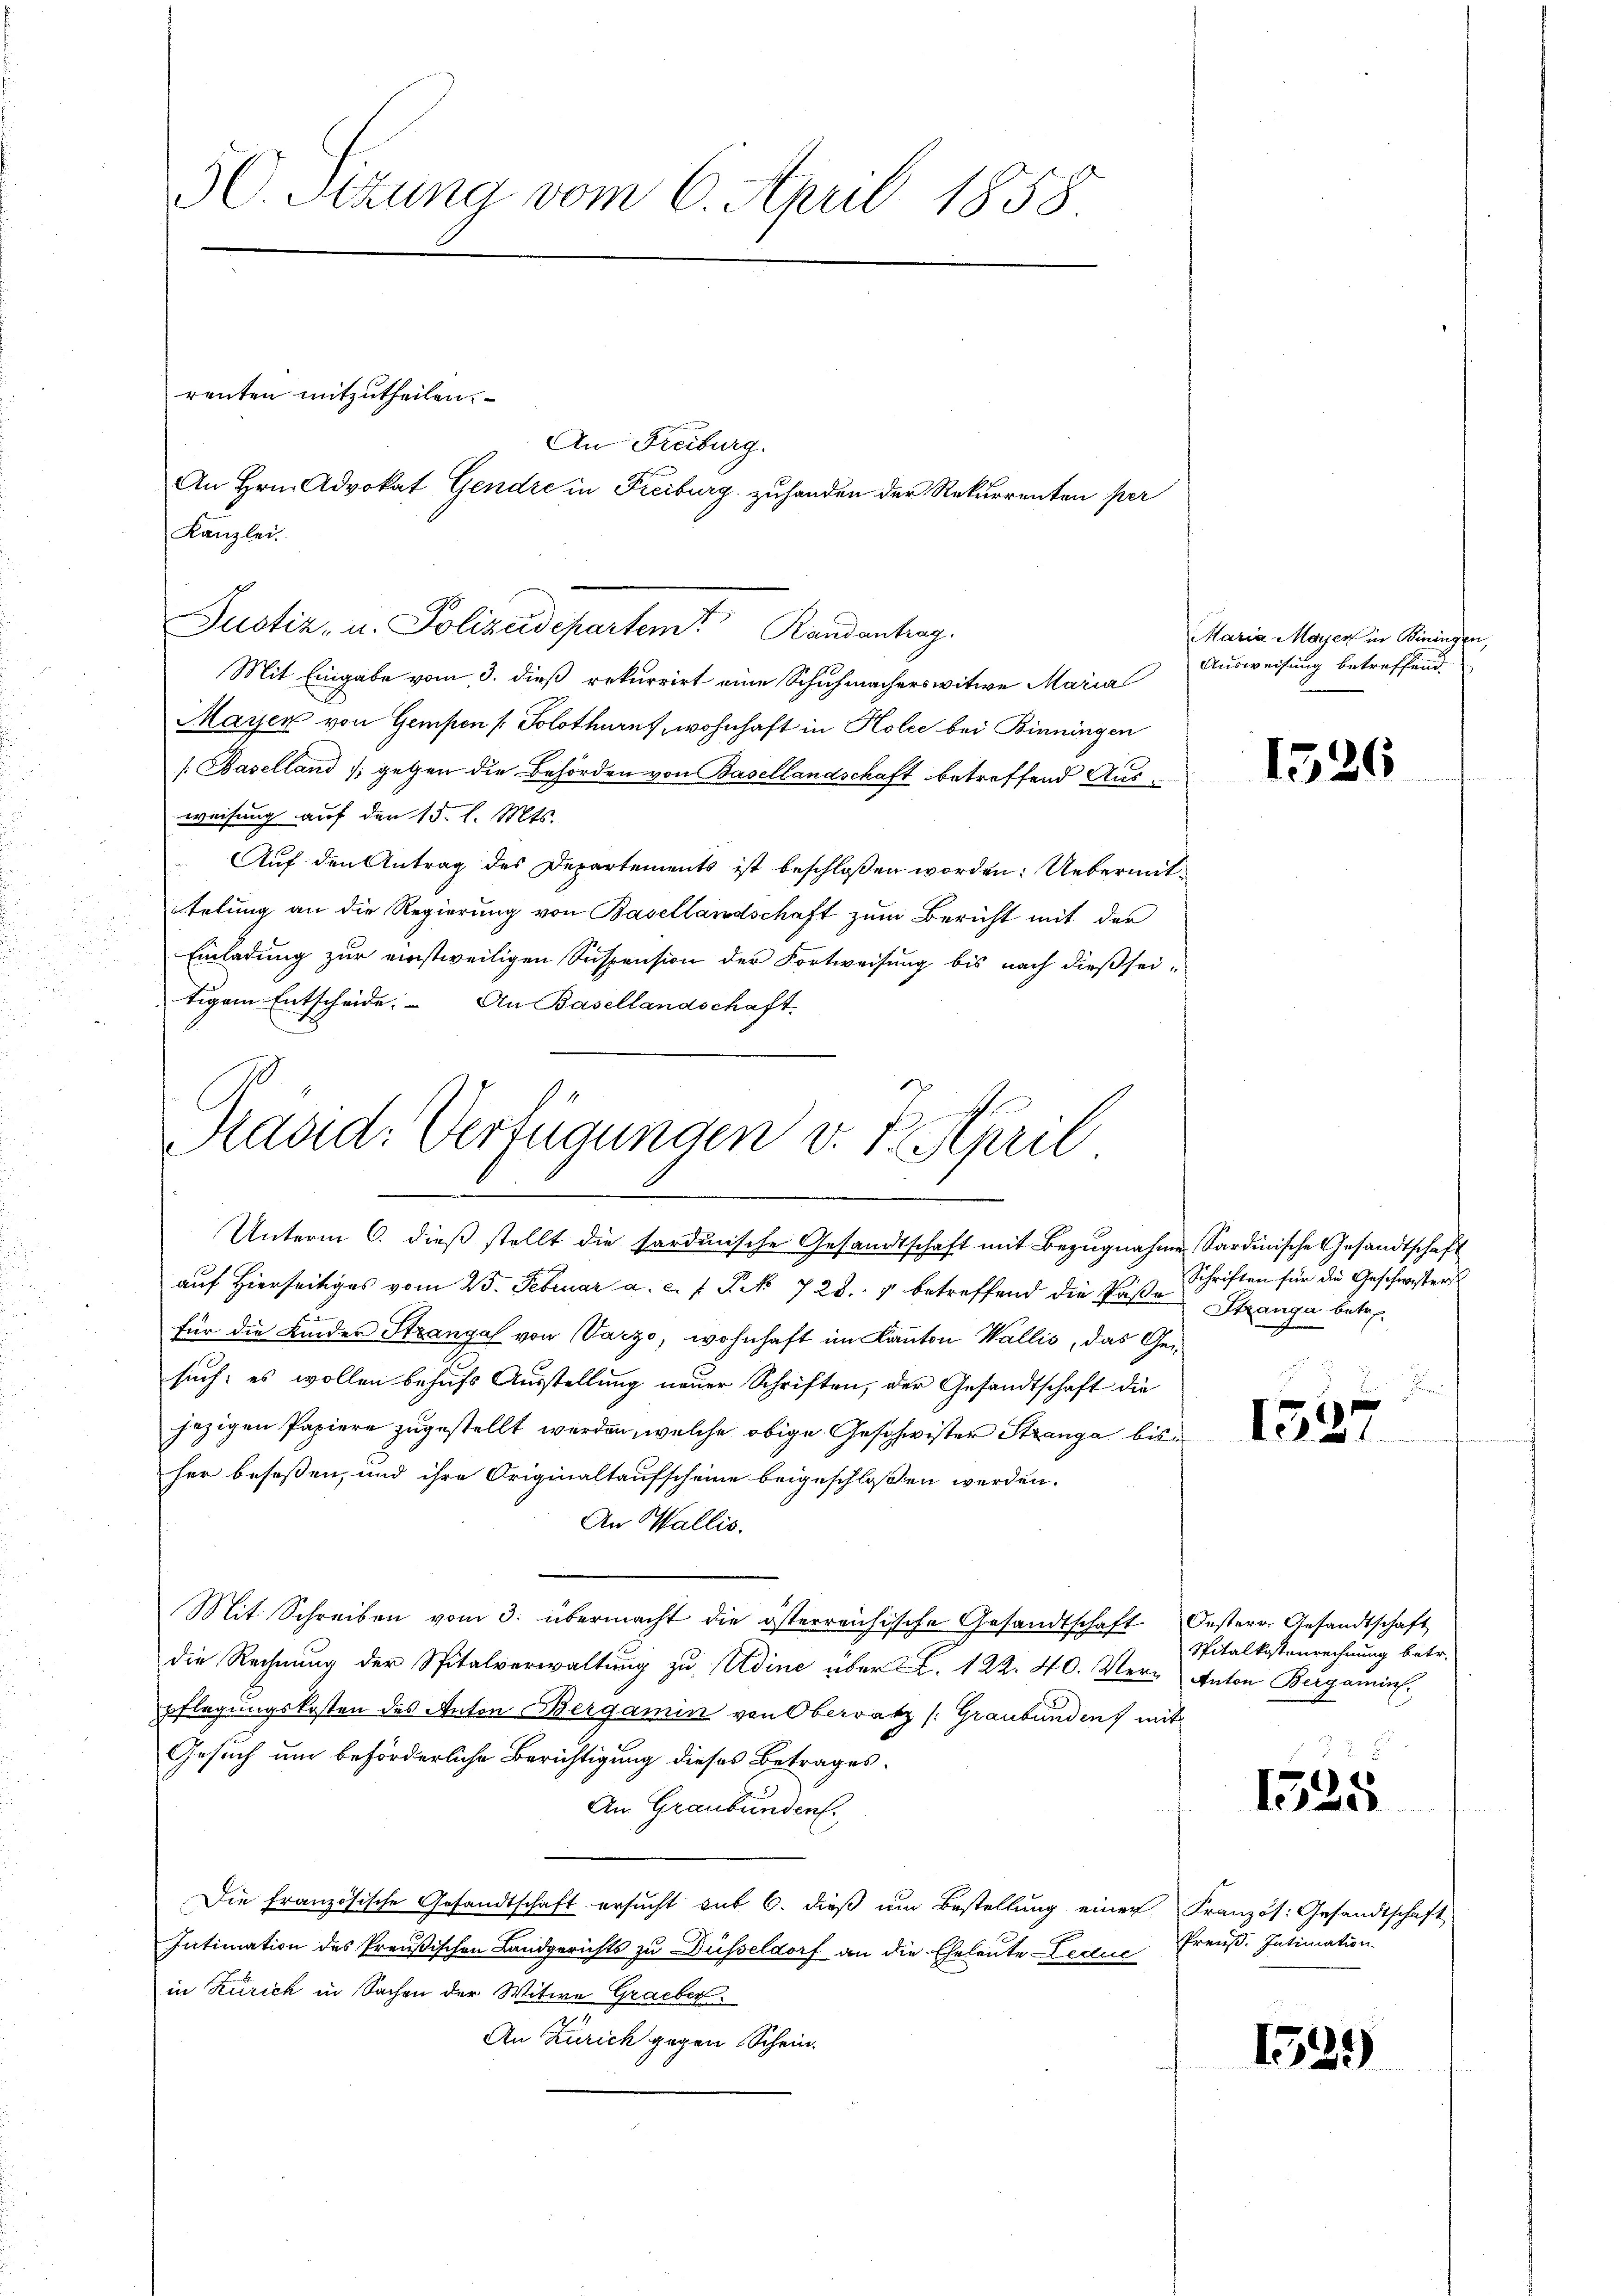
50. Sitzung vom 6. April 1858

renten mitzutheilen.

An Freiburg.
An Hrn. Advokat Gendre in Freiburg zuhanden der Rekurrenten per

Justiz- u. Polizeidepartem Randantrag.
Mit Eingabe vom 3. dieß rekurrirt eine Schuhmacherswitwe Maria
Mayer von Gempen / Solothurn, wohnhaft in Holee bei Binningen
/: Baselland 1 gegen die Behörden von Basellandschaft betreffend Aus-
weisung auf der 15. l. Mts.
Auf den Antrag des Departements ist beschlossen worden: Uebermittelung an die Regierung von Basellandschaft zum Bericht mit der
Einladung zur einstweiligen Suspension der Fortweisung bis nach dießseitigem Entscheide. An Basellandschaft.

Kanzlei

Raad: Verfügungen v. 1. April
.
Unterm 6. dieß stellt die sardinische Gesandtschaft mit Bezugnahme Sardinische Gesandtschaft

auf Hierseitiges vom 23. Februar a. c. 1 S. 728. 4 betreffend die Paße Stranga betrefür die Kinder Strangal von Varzo, wohnhaft im Kanton Wallis, das Gesuch, es wollen behufs Ausstellung neuer Schriften, der Gesandtschaft die
jezigen Papiere zugestellt werden, welche obige Geschwister Stranga bis
her beseßen, und ihre Originaltaufscheine beigeschloßen werden.
An Wallis.
Mit Schreiben vom 3. übermacht die österreichische Gesandtschaft Oesterr. Gesandtschaft
die Rechnung der Spitalverwaltung zu Adine über 2. 122. 40. Ver- Anton Bergamins,
pflegungskosten des Anton Bergamin von Oberratz /: Graubünden mit
Gesuch um beförderliche Berichtigung dieses Betrages.
An Graubünden.
Die französische Gesandtschaft ersucht sub 6. dieß um Bestellung einer Französ. Gesandtschaft
Intimation des Preußischen Landgerichts zu Düsseldorf an die Eheleute Lectus Preuß. Intimation.
in Zürich in Sachen der Witwe Gracber
An Zürich gegen Schein.

Maria Maÿer in Biningen,
Ausweisung betreffend.

1526

Schriften für die Geschwisters

132.

Spitalkostenrechnung betr.

1325

1539